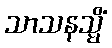
သာသနသ္မိံ